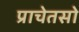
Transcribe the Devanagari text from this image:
प्राचेतसो